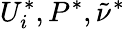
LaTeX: U_{i}^{*},P^{*},\tilde{\nu}^{*}